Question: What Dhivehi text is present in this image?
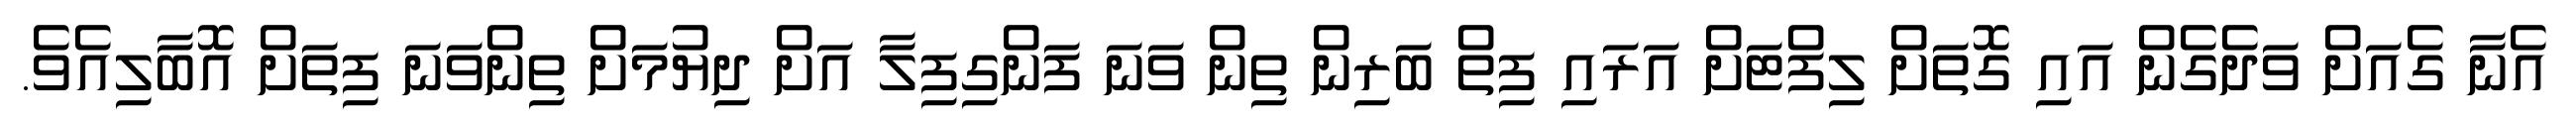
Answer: އެނާ ގެއަށް ވަދެގެން އައި ގޮތަށް ލިފްޓަށް އަރައި ފިތް ބަރިން ތިން ވަނަ ފަންގިފިލާ އަށް ދިޔުމަށް ތިންވަނަ ފިތަށް އޮބާލިއެވެ.